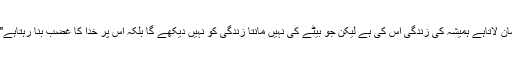
"جو بیٹے پر ایمان لاتاہے ہمیشہ کی زندگی اس کی ہے لیکن جو بیٹے کی نہیں مانتا زندگی کو نہیں دیکھے گا بلکہ اس پر خدا کا غضب بنا رہتاہے" (یوحنا 3:36)۔